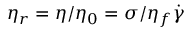
\eta _ { r } = \eta / \eta _ { 0 } = \sigma / \eta _ { f } \dot { \gamma }